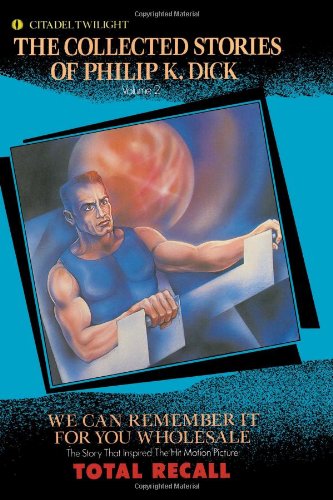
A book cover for We Can Remember It for You Wholesale (The Collected Stories of Philip K. Dick, Vol. 2); Philip K. Dick; Science Fiction & Fantasy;